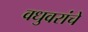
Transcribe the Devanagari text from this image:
वधुवरांचे